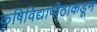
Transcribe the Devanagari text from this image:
कृषिविद्यापीठाकडून